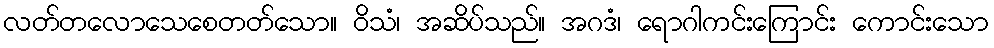
လတ်တလောသေစေတတ်သော။ ဝိသံ၊ အဆိပ်သည်။ အဂဒံ၊ ရောဂါကင်းကြောင်း ကောင်းသော